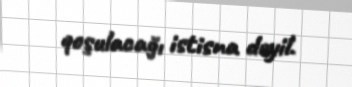
qoşulacağı istisna deyil.